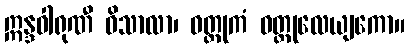
ဣန္ဒဝါရုဏီ ဝိသာလာ၊ ဝတ္ထုကံ ဝတ္ထုလေယျကော။